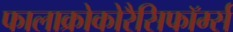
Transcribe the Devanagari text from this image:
फालाक्रोकोरैसिफॉर्म्स